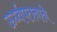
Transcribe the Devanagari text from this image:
ऊर्ध्वपतनाने